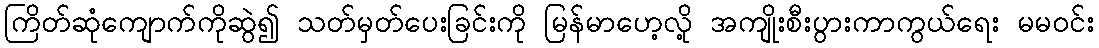
ကြိတ်ဆုံကျောက်ကိုဆွဲ၍ သတ်မှတ်ပေးခြင်းကို မြန်မာဟေ့လို့ အကျိုးစီးပွားကာကွယ်ရေး မမဝင်း